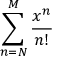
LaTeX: \sum _ { n = N } ^ { M } { \frac { x ^ { n } } { n ! } }